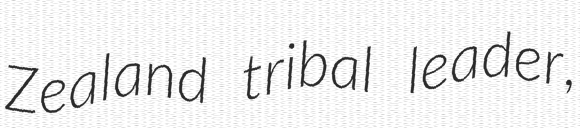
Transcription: Zealand tribal leader,